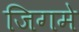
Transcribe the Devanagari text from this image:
जिगमे